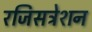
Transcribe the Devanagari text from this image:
रजिसट्रेशन